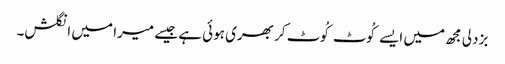
بزدلی مجھ میں ایسے کُوٹ کُوٹ کر بھری ہوئی ہے جیسے میرا میں انگلش۔